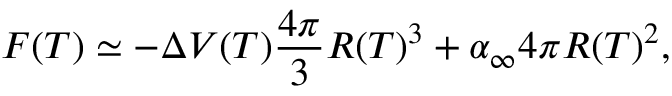
F ( T ) \simeq - \Delta V ( T ) \frac { 4 \pi } { 3 } R ( T ) ^ { 3 } + \alpha _ { \infty } 4 \pi R ( T ) ^ { 2 } ,